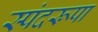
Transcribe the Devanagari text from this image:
स्पंदरूपा